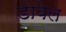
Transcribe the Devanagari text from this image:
डाबेल